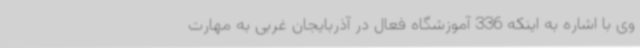
وی با اشاره به اینکه 336 آموزشگاه فعال در آذربایجان غربی به مهارت